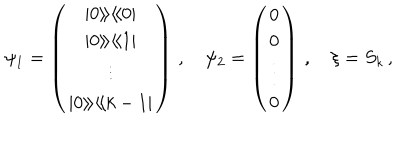
\psi _ { 1 } = \left( \begin{array} { c } { { | 0 \rangle \! \rangle \langle \! \langle 0 | } } \\ { { | 0 \rangle \! \rangle \langle \! \langle 1 | } } \\ { { \vdots } } \\ { { | 0 \rangle \! \rangle \langle \! \langle k - 1 | } } \\ \end{array} \right) \, , \quad \psi _ { 2 } = \left( \begin{array} { c } { { 0 } } \\ { { 0 } } \\ { { \vdots } } \\ { { 0 } } \\ \end{array} \right) \, , \quad \xi = S _ { k } \, ,